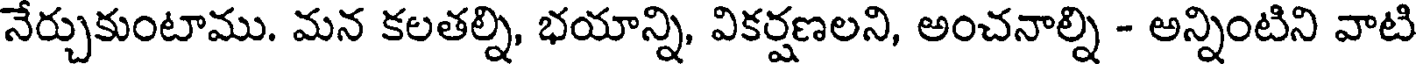
నేర్చుకుంటాము. మన కలతల్ని, భయాన్ని, వికర్షణలని, అంచనాల్ని - అన్నింటిని వాటి